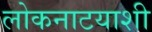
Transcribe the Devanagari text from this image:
लोकनाटयाशी